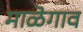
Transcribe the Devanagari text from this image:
माळॆगाव